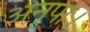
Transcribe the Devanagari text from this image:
अनूपा।